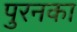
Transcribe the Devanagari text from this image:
पुरनका